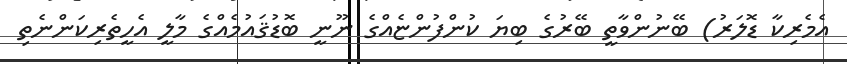
އެމެރިކާ ޑޮލަރު) ބޭނުންވާތީ ބޭރުގެ ބިޔަ ކުންފުންޏެއްގެ ނޫނީ ބޮޑުޤައުމެއްގެ މާލީ އެހީތެރިކަންނެތި